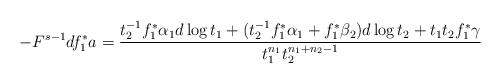
LaTeX: \begin{align*}-F^{s-1}df_{1}^{*}a=\frac{t_{2}^{-1}f_{1}^{*}\alpha_{1}d\log t_{1}+(t_{2}^{-1}f_{1}^{*}\alpha_{1}+f_{1}^{*}\beta_{2})d\log t_{2}+t_{1}t_{2}f_{1}^{*}\gamma}{t_{1}^{n_{1}}t_{2}^{n_{1}+n_{2}-1}} \end{align*}